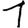
Digit: 1